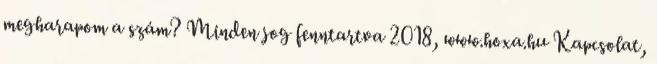
megharapom a szám? Minden jog fenntartva 2018, www.hoxa.hu Kapcsolat,